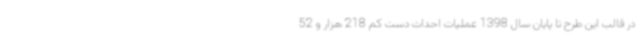
در قالب این طرح تا پایان سال 1398 عملیات احداث دست کم 218 هزار و 52